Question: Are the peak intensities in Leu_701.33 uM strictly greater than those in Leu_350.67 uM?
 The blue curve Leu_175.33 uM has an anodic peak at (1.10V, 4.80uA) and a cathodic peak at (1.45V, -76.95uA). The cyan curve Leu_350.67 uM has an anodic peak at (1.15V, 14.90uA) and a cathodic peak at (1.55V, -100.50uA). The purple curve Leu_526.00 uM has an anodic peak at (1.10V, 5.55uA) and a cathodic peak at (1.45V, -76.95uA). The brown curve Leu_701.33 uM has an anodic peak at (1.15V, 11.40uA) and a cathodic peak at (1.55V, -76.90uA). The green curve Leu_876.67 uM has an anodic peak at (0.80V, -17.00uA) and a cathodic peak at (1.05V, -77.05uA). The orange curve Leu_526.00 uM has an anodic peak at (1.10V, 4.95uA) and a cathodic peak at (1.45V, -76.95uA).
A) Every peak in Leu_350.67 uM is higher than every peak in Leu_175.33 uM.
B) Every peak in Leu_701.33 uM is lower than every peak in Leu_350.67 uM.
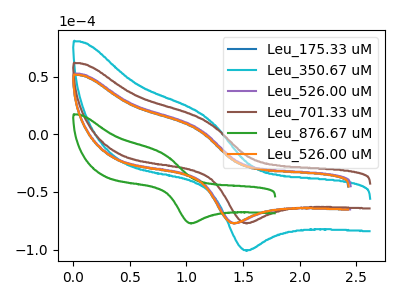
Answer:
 <answer>B) Every peak in "Leu_701.33 uM" is lower than every peak in "Leu_350.67 uM".</answer>
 <eval>B</eval>